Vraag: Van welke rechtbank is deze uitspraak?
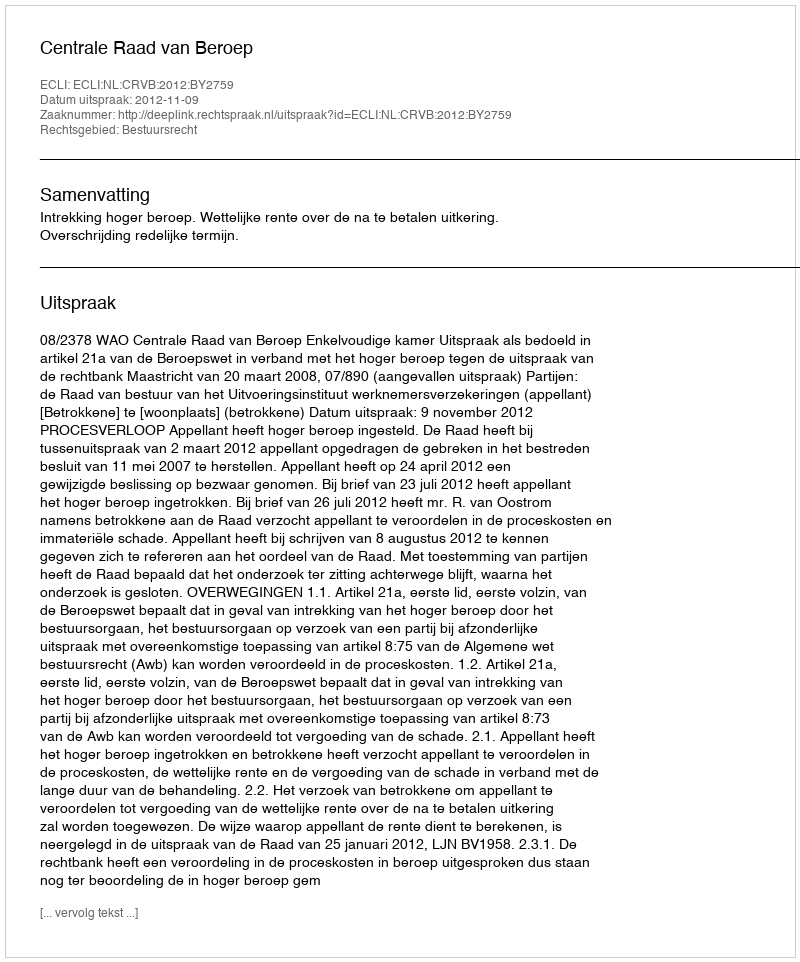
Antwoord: Centrale Raad van Beroep